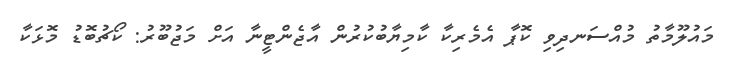
މައުލޫމާތު މުއްސަނދިވި ކޮޕާ އެމެރިކާ ކާމިޔާބުކުރުން އާޖެންޓީނާ އަށް މަޖުބޫރު: ކޯޗުބޮޑު މޮޅަކާ